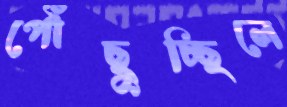
পৌঁছুচ্ছিলে